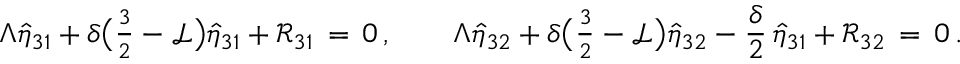
\Lambda \hat { \eta } _ { 3 1 } + \delta \bigl ( { \textstyle \frac { 3 } { 2 } } - \mathcal { L } \bigr ) \hat { \eta } _ { 3 1 } + \mathcal { R } _ { 3 1 } \, = \, 0 \, , \qquad \Lambda \hat { \eta } _ { 3 2 } + \delta \bigl ( { \textstyle \frac { 3 } { 2 } } - \mathcal { L } \bigr ) \hat { \eta } _ { 3 2 } - \frac { \delta } { 2 } \, \hat { \eta } _ { 3 1 } + \mathcal { R } _ { 3 2 } \, = \, 0 \, .